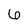
Character: 6